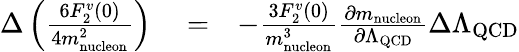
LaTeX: \begin{array}{rlr}{\Delta\left(\frac{6F_{2}^{v}(0)}{4m_{\mathrm{nucleon}}^{2}}\right)}&{{}=}&{-\frac{3F_{2}^{v}(0)}{m_{\mathrm{nucleon}}^{3}}\frac{\partial m_{\mathrm{nucleon}}}{\partial\Lambda_{\mathrm{QCD}}}\Delta\Lambda_{\mathrm{QCD}}}\end{array}